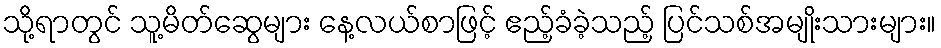
သို့ရာတွင် သူ့မိတ်ဆွေများ နေ့လယ်စာဖြင့် ဧည့်ခံခဲ့သည့် ပြင်သစ်အမျိုးသားများ။